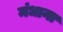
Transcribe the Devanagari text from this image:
मंधाना